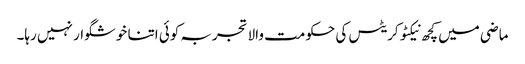
ماضی میں کچھ نیکٹوکریٹس کی حکومت والا تجربہ کوئی اتنا خوشگوار نہیں رہا۔